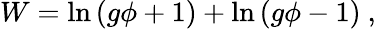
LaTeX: W=\ln\, (g\phi+1)+\ln\, (g\phi-1)\ ,